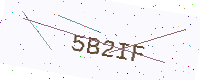
Text: 5B2IF